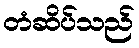
တံဆိပ်သည်